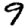
Digit: 9